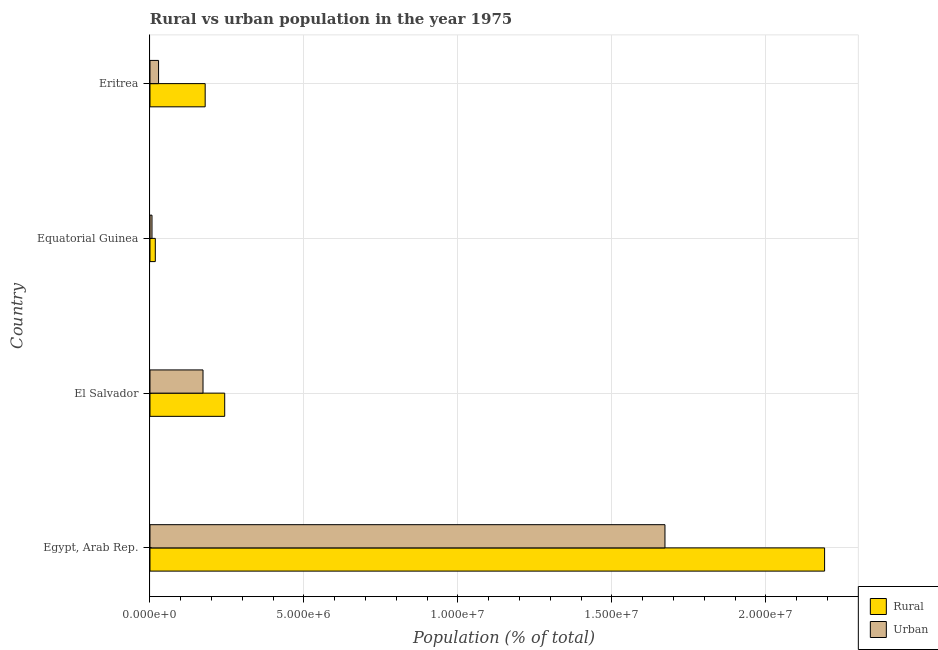
| Country | Rural | Urban |
 | --- | --- | --- |
 | Egypt, Arab Rep. | 2.19e+07 | 1.67e+07 |
 | El Salvador | 2.43e+06 | 1.72e+06 |
 | Equatorial Guinea | 1.73e+05 | 6.53e+04 |
 | Eritrea | 1.79e+06 | 2.79e+05 |